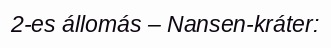
2-es állomás – Nansen-kráter: